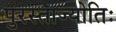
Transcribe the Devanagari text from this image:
पुरस्ताज्योतिः